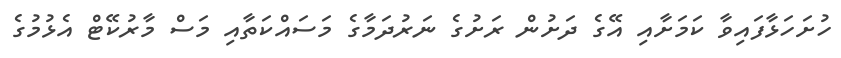
ހުށަހަޅާފައިވާ ކަމަށާއި އޭގެ ދަށުން ރަށުގެ ނަރުދަމާގެ މަސައްކަތާއި މަސް މާރުކޭޓް އެޅުމުގެ